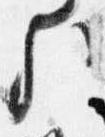
歟